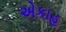
એકાહ